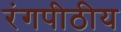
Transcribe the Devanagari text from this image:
रंगपीठीय